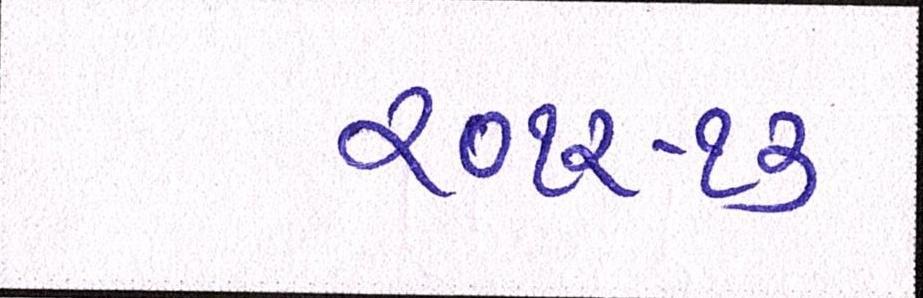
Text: ૨૦૧૨-૧૩